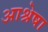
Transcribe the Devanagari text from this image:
आश्रेषा